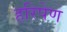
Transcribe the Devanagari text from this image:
हरिपेण